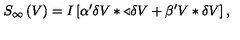
S _ { \infty } \left( V \right) = I \left[ \alpha ^ { \prime } \delta V \ast \triangleleft \delta V + \beta ^ { \prime } V \ast \delta V \right] ,